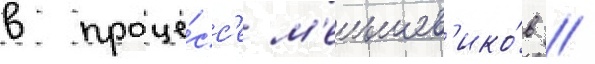
в проце́сс'е м'еньшев'ико́в //